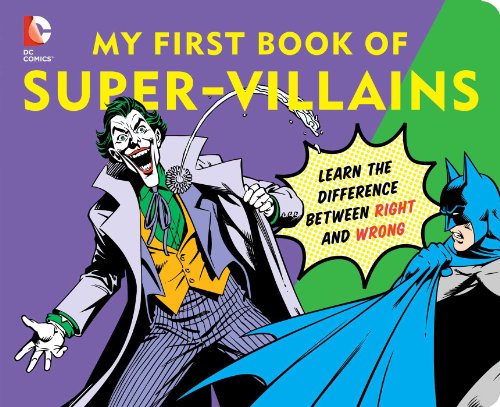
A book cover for DC Super Heroes: My First Book of Super Villains: Learn the Difference Between Right and Wrong!; David Bar Katz; Children's Books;